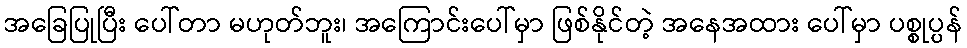
အခြေပြုပြီး ပေါ်တာ မဟုတ်ဘူး၊ အကြောင်းပေါ်မှာ ဖြစ်နိုင်တဲ့ အနေအထား ပေါ်မှာ ပစ္စုပ္ပန်